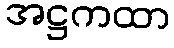
အဋ္ဌကထာ